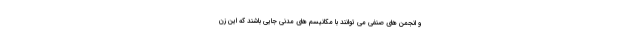
و انجمن های صنفی می توانند با مکانیسم های مدنی جایی باشند که این زن